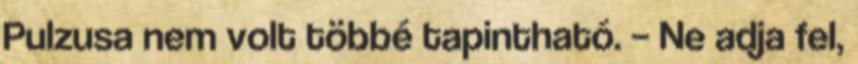
Pulzusa nem volt többé tapintható. – Ne adja fel,